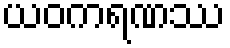
ယဝကရဏဿ